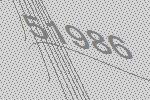
51986